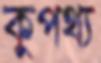
কুপথ্য